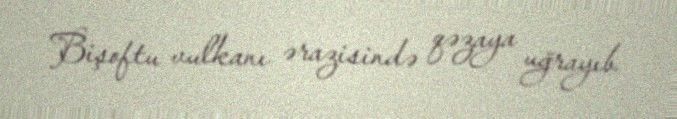
Bişoftu vulkanı ərazisində qəzaya uğrayıb.